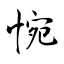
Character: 惋